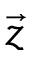
\vec { z }